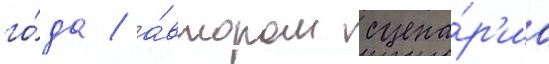
го́да / а́втором сцена́р'иа